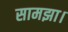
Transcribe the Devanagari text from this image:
सामझा।